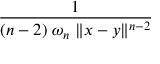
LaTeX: \frac { 1 } { ( n - 2 ) \; \omega _ { n } \; \| x - y \| ^ { n - 2 } }